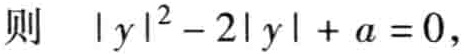
则 \(|y|^{2}-2|y| + a = 0,\)